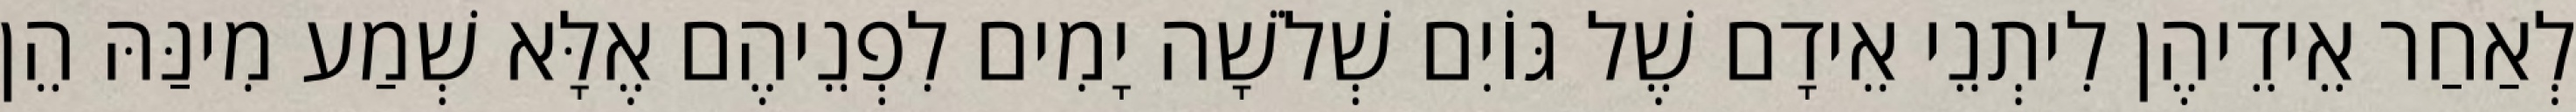
לְאַחַר אֵידֵיהֶן לִיתְנֵי אֵידָם שֶׁל גּוֹיִם שְׁלֹשָׁה יָמִים לִפְנֵיהֶם אֶלָּא שְׁמַע מִינַּהּ הֵן